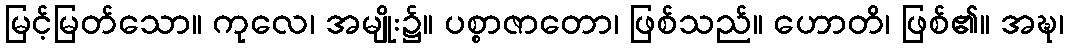
မြင့်မြတ်သော။ ကုလေ၊ အမျိုး၌။ ပစ္စာဇာတော၊ ဖြစ်သည်။ ဟောတိ၊ ဖြစ်၏။ အဍ္ဎ၊